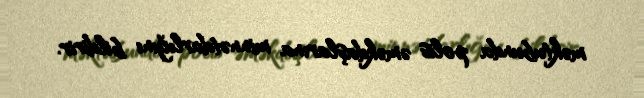
məktubunda polis əməkdaşlarına minnətdarlığını bildirir.